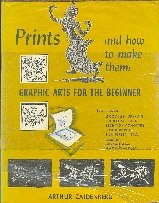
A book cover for Prints and How to Make Them: Graphic Arts for the Beginner; Arthur Zaidenberg; Arts & Photography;